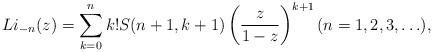
LaTeX: \begin{align*} Li_{-n}(z) = \sum_{k=0}^{n}k! S(n+1,k+1) \left( \frac{z}{1-z} \right)^{k+1} (n=1,2,3,\ldots),\end{align*}